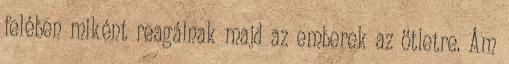
felében miként reagálnak majd az emberek az ötletre. Ám